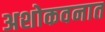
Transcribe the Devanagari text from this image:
अशोकवनात